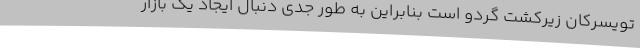
تویسرکان زیرکشت گردو است بنابراین به طور جدی دنبال ایجاد یک بازار